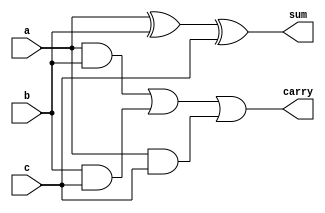
module FullAdder (
    input wire a,       // First input bit
    input wire b,       // Second input bit
    input wire c,       // Carry-in
    output wire sum,    // Sum output
    output wire carry   // Carry output
);
    assign sum = a ^ b ^ c;        // Sum without carrying
    assign carry = (a & b) | (b & c) | (a & c); // Carry calculation
endmodule